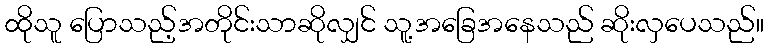
ထိုသူ ပြောသည့်အတိုင်းသာဆိုလျှင် သူ့အခြေအနေသည် ဆိုးလှပေသည်။